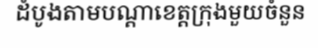
ដំបូងតាមបណ្តាខេត្តក្រុងមួយចំនួន